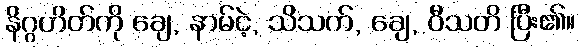
နိဂ္ဂဟိတ်ကို ချေ, နာမ်ငဲ့, သိသက်, ချေ, ဝီသတိ ပြီး၏။